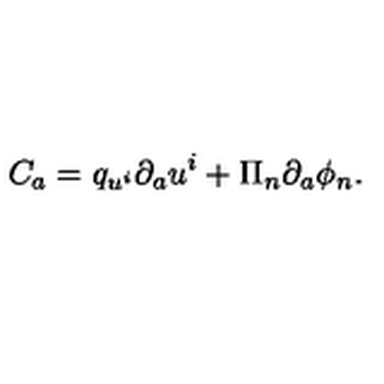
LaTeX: C _ { a } = q _ { u ^ { i } } \partial _ { a } u ^ { i } + \Pi _ { n } \partial _ { a } \phi _ { n } .